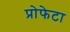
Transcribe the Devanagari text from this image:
प्रोफेटा